Rangoon Lunatic Asylum 1898-1906 - 1898-1906
Year: 1898
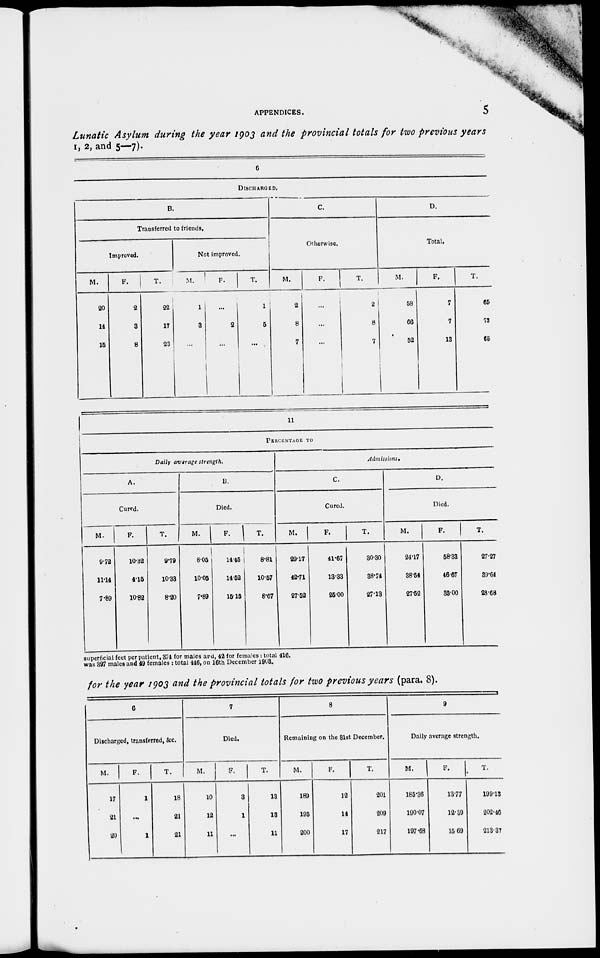
APPENDICES.
5
Lunatic Asylum during the year 1903 and the provincial totals for two previous years
1, 2, and 5—7).
6
DISCHARGED.
B.
Transferred to friends.
Improved.
M.
20
14
15
F.
2
3
8
T.
22
17
23
Not improved.
M.
1
3
...
F.
...
2
...
T.
1
5
...
C.
Otherwise.
M.
2
8
7
F.
...
...
...
T.
2
8
7
D.
Total.
M.
58
66
52
F.
7
7
13
T.
65
73
65
11
PERCENTAGE TO
Daily average
strength.
A.
Cured.
M.
9.72
11.14
7.89
F.
10.32
4.15
10.82
T.
9.79
10.33
8.20
B.
Died.
M.
8.05
10.05
7.89
F.
14.45
14.52
15.15
T.
8.81
10.57
8.67
Admissions.
C.
Cured.
M.
29.17
42.71
27.52
F.
41.67
13.33
25.00
T.
30.30
38.74
27.13
D.
Died.
M.
24.17
38.54
27.52
F.
58.33
46.67
35.00
T.
27.27
39.64
28.68
superficial feet per patient, 374 for males and, 42 for females: total 416.
was 397 males and 49 females : total 446, on 16th December 1903.
for the year 1903 and the provincial totals for two previous years (para. 8).
6
Discharged, transferred, &c.
M.
17
21
20
F.
1
...
1
T.
18
21
21
7
Died.
M.
10
12
11
F.
3
1
...
T.
13
13
11
8
Remaining on the 31st December.
M.
189
195
200
F.
12
14
17
T.
201
209
217
9
Daily average strength.
M.
185.36
190.07
197.68
F.
13.77
12.39
15.69
T.
199.13
202.46
213.37